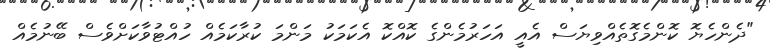
"ދެންހެޔޮ ކޮންމެގޮތެއްވިޔަސް އެއީ އަހަރުމެންގެ ކޮއްކޮ އެކަމަކު މަންމަ ކުރާކަމެއް ހުއްޓުވާކަށްވެސް ބޭނުމެއް